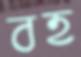
বহ